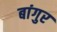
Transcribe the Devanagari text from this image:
बांगुर